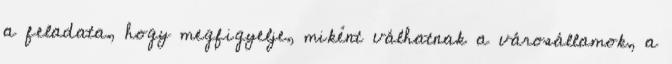
a feladata, hogy megfigyelje, miként válhatnak a városállamok, a